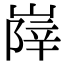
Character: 𡺰